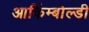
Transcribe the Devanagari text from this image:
आर्किम्बोल्डी